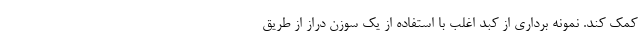
کمک کند. نمونه برداری از کبد اغلب با استفاده از یک سوزن دراز از طریق